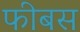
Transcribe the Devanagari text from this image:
फीबस